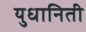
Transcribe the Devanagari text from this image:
युधानिती